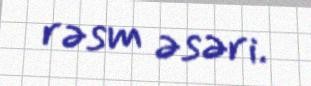
rəsm əsəri.